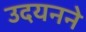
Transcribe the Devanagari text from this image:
उदयनने